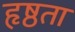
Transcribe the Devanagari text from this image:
हृष्ठता